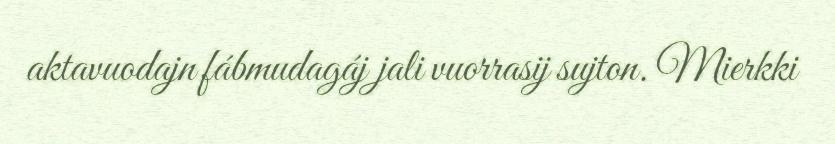
aktavuodajn fábmudagáj jali vuorrasij sujton. Mierkki